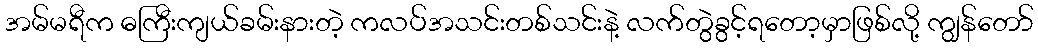
အမ်မရီက ဓကြီးကျယ်ခမ်းနားတဲ့ ကလပ်အသင်းတစ်သင်းနဲ့ လက်တွဲခွင့်ရတော့မှာဖြစ်လို့ ကျွန်တော်